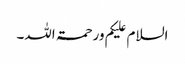
السلام علیکم ورحمۃ اللہ۔